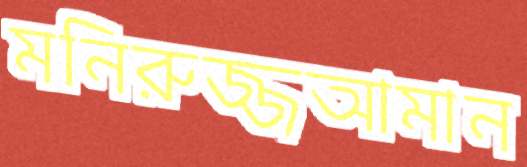
মনিরুজ্জআমান